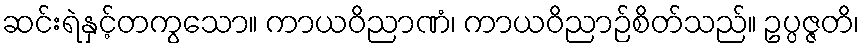
ဆင်းရဲနှင့်တကွသော။ ကာယဝိညာဏံ၊ ကာယဝိညာဉ်စိတ်သည်။ ဥပ္ပဇ္ဇတိ၊